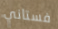
فستاني